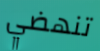
تنهضي